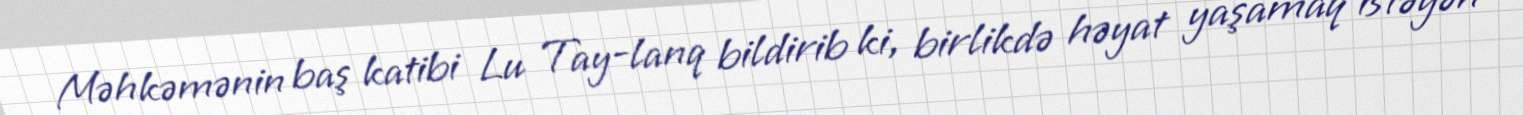
Məhkəmənin baş katibi Lu Tay-lanq bildirib ki, birlikdə həyat yaşamaq istəyən